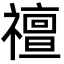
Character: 䄠